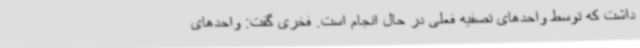
داشت که توسط واحدهای تصفیه فعلی در حال انجام است. فخری گفت: واحدهای